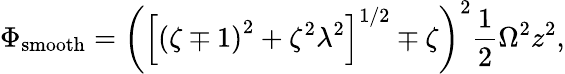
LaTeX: \Phi_{\mathrm{smooth}}=\left(\left[\left(\zeta\mp 1\right)^{2}+\zeta^{2}\lambda^{2}\right]^{1/2}\mp\zeta\right)^{2}\frac{1}{2}\Omega^{2}z^{2},